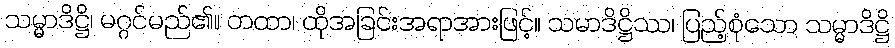
သမ္မာဒိဋ္ဌိ၊ မဂ္ဂင်မည်၏။ တထာ၊ ထိုအခြင်းအရာအားဖြင့်။ သမာဒိဋ္ဌိဿ၊ ပြည့်စုံသော သမ္မာဒိဋ္ဌိ